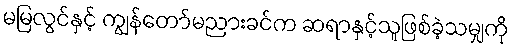
မမြလွင်နှင့် ကျွန်တော်မညားခင်က ဆရာနှင့်သူဖြစ်ခဲ့သမျှကို